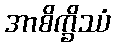
အာစိက္ခိဿံ